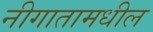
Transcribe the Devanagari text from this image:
नीगातामधील